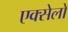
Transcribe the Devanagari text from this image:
एक्सेलो